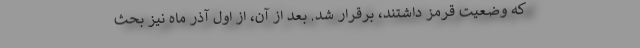
که وضعیت قرمز داشتند، برقرار شد. بعد از آن، از اول آذر ماه نیز بحث